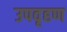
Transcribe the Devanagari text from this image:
उपवृहण